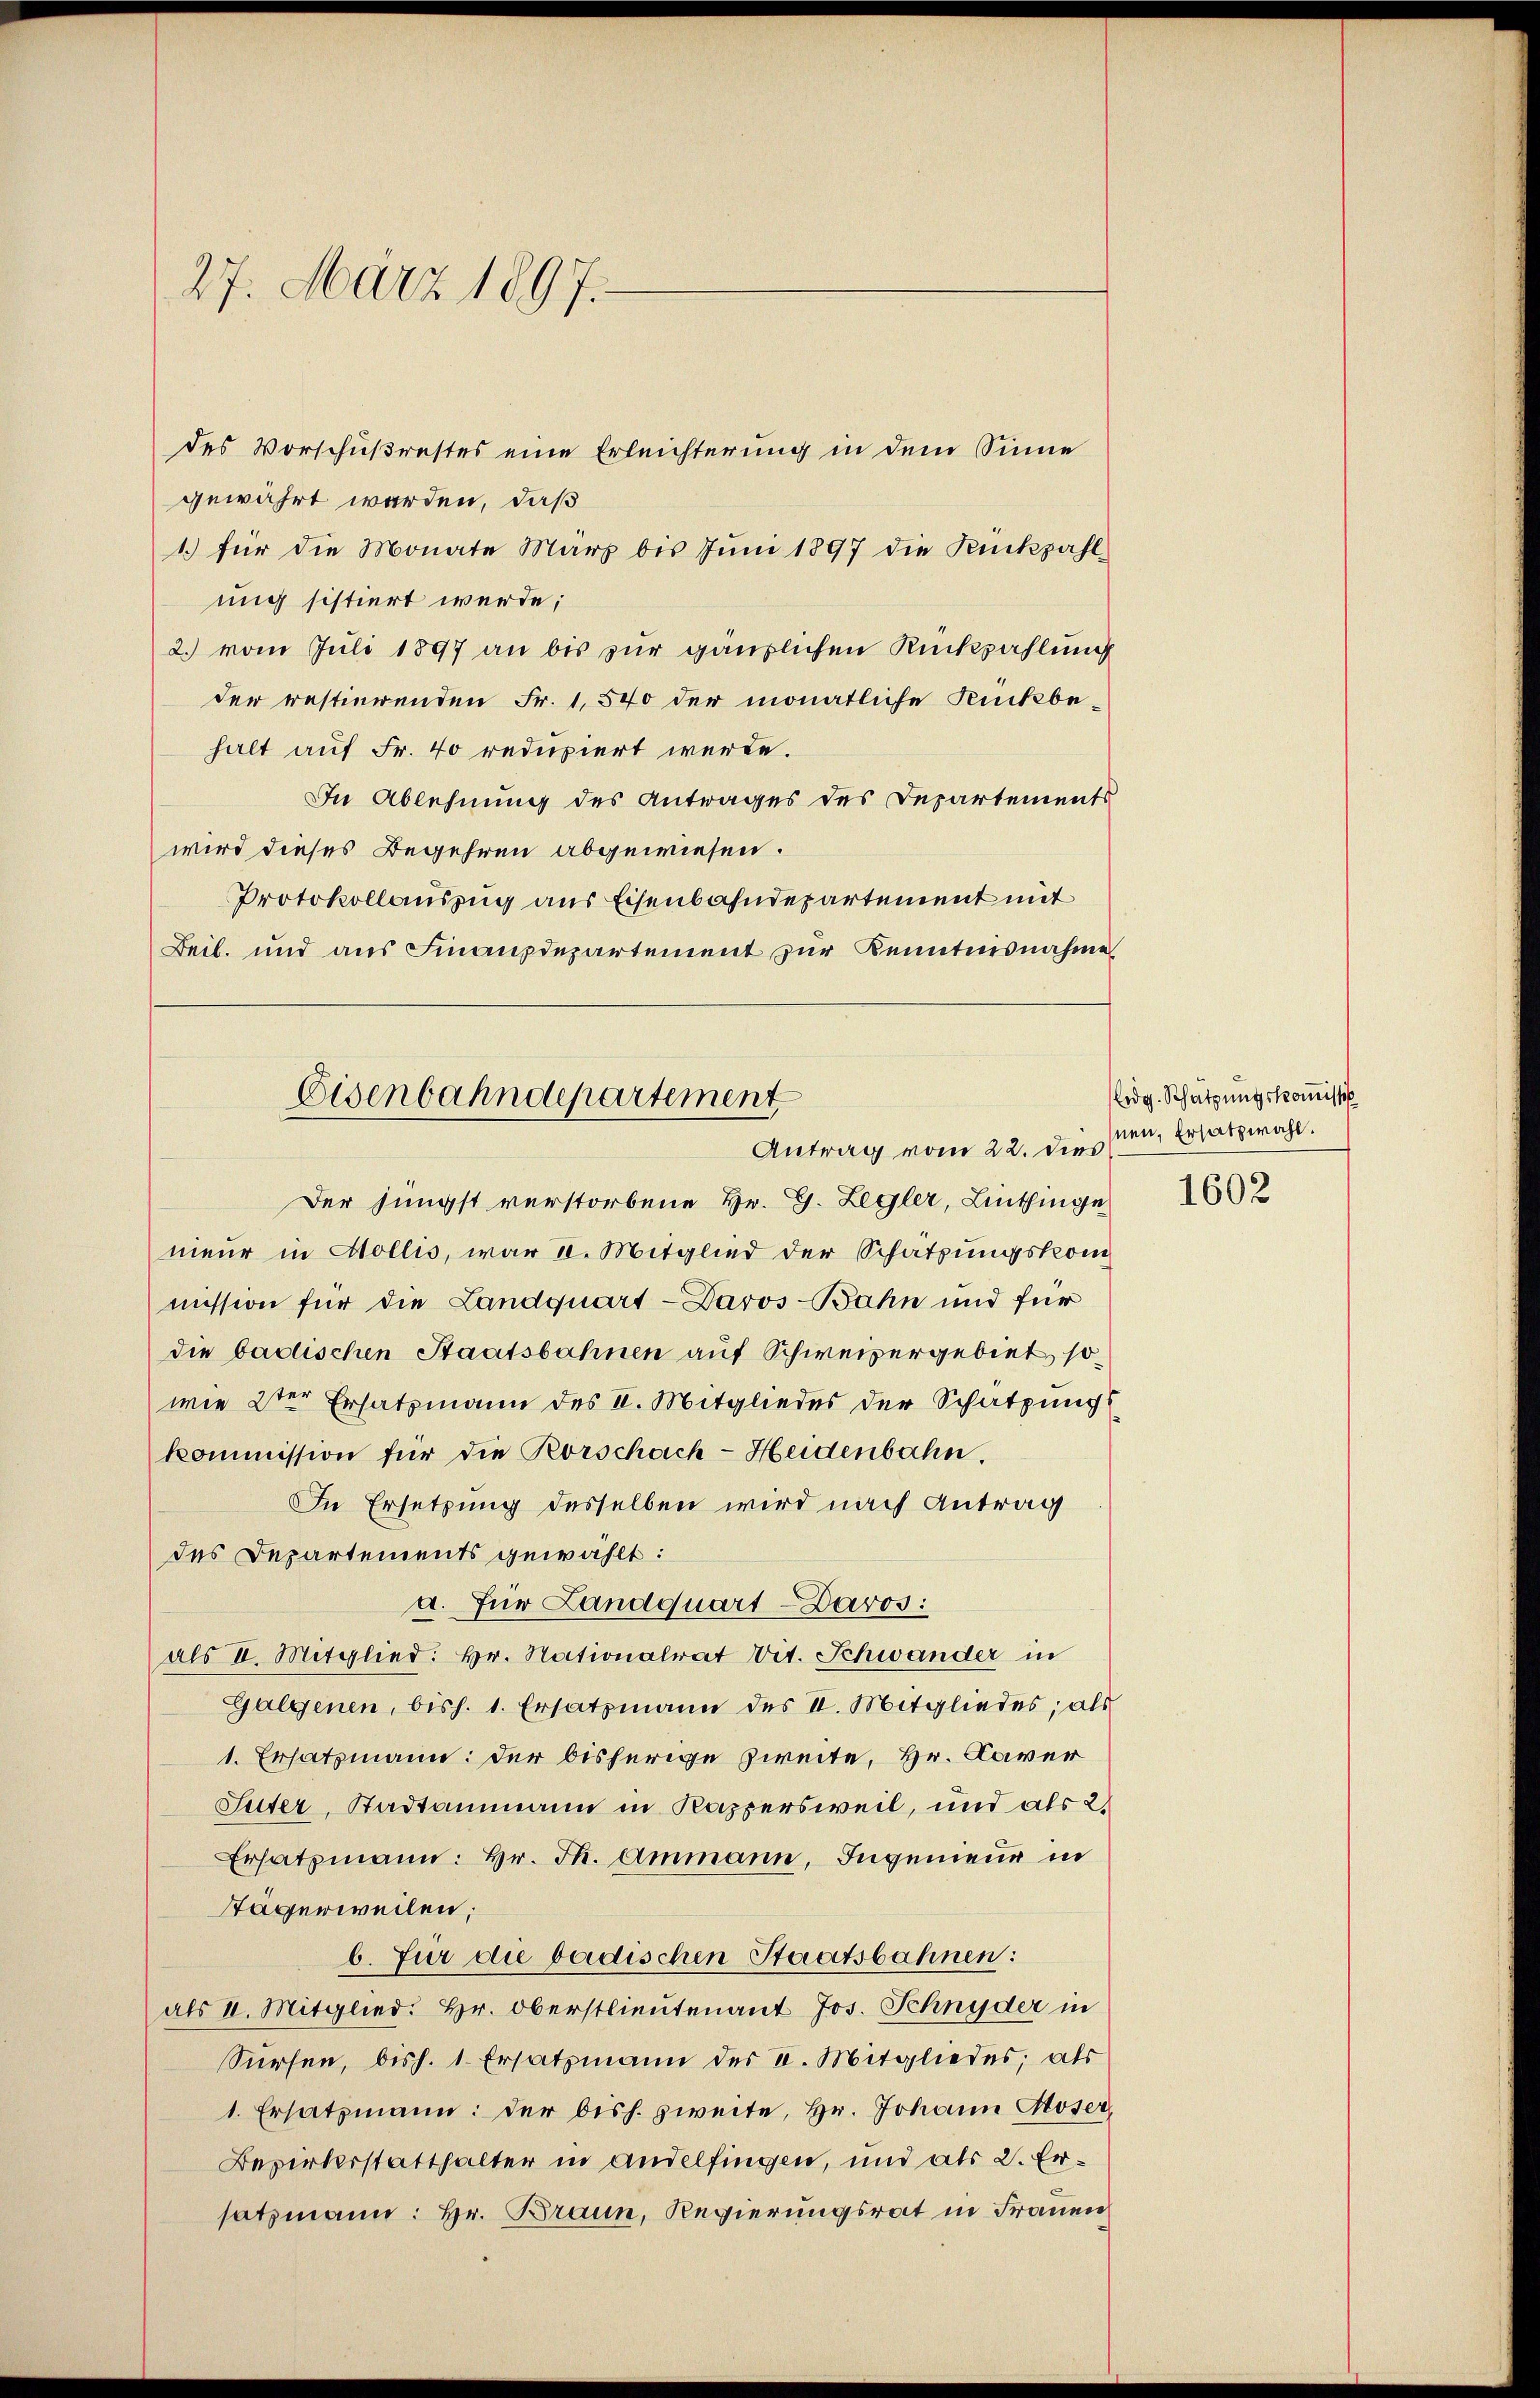
27. März 1897.

des Vorschußrestes eine Erleichterung in dem Sinne
gewährt werden, daß
1.) für die Monate März bis Juni 1897 die Rückzahl
ung sistiert werde;
2. vom Juli 1897 an bis zur gänzlichen Rückzahlung
der restierenden Fr. 1,540 der monatliche Rückbehalt auf Fr. 40 redupiert werde.
In Ablehnung des Antrages des Departements
wird dieses Begehren abgewiesen.
Protokollauszug aus Eisenbahndepartement mit
Beil. und aus Finanzdepartement zur Kenntnisnahme

Eisenbahndepartement
Antrag vom 22. dies

Der jüngst verstorbene Hr. G. Legler, Linthinge
nieur in Mollis, war II. Mitglied der Schätzungskom
mission für die Landquart - Davos-Bahn und für
die badischen Staatsbahnen auf Schweizergebiet, sowie 2ter Ersatzmann des II. Mitgliedes der Schatzung
kommission für die Rorschach-Heidenbahn.
In Ersetzung desselben wird nach Antrag
des Departements gewählt:
a. Für Landquart - Davos:
als II. Mitglied: Hr. Nationalrat Vit. Schwander in
Galgenen, bish. 1. Ersatzmann des II. Mitgliedes, als
1. Ersatzmann: der bisherige Zweite, Hr. Caver
Suter, Stadtammann in Kappersweil, und als 2.
Ersatzmann: Hr. Th. Ammann, Ingenieur in
Stägerweilen;
b. Für die badischen Staatsbahnen:
als II. Mitglied: Hr. Oberstlieutenant Jos. Schnyder in
Sürfen, bish. 1. Ersatzmann des V. Mitgliedes; als
1. Ersatzmann: der bish. zweite, Hr. Johann Moser
Bezirkerstatthalter in andelfingen, und als 2. Ersatzmann: Hr. Braun, Regierungsrat in Frauen

ledg. Schatzungskoṁissio
nen, Ersatzwahl.

1602